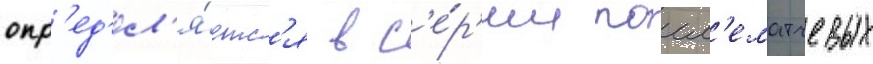
опр'ед'ел'я́етс'я в с'е́р'ии посл'ематчевых